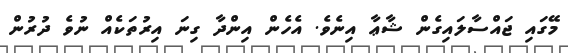
މޭގައި ޖައްސާލައިގެން ޝާޢާ އިނެވެ. އެހެން އިންދާ ގިނަ އިރުތަކެއް ނުވެ ދުރުން